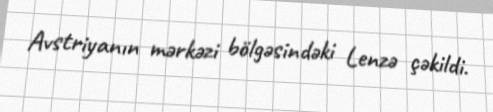
Avstriyanın mərkəzi bölgəsindəki Lenzə çəkildi.